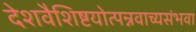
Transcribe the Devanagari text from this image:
देशवैशिष्टयोत्पन्नवाच्यसंभवा